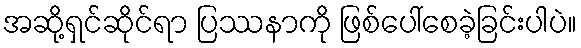
အဆို့ရှင်ဆိုင်ရာ ပြဿနာကို ဖြစ်ပေါ်စေခဲ့ခြင်းပါပဲ။